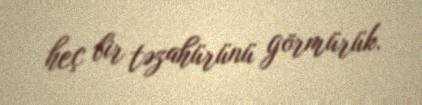
heç bir təzahürünü görmürük.